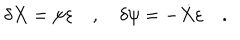
\delta X = \psi \varepsilon \quad , \quad \delta \psi = - \dot { X } \varepsilon \quad .